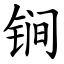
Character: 锏